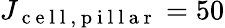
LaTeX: J_{\mathrm{~c~e~l~l~,~p~i~l~l~a~r~}}=50